Problem: 5 × 2 = ?
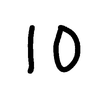
Handwritten answer: 10